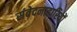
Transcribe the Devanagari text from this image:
संवेदनाहारियों